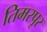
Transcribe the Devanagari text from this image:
तिमरपूर